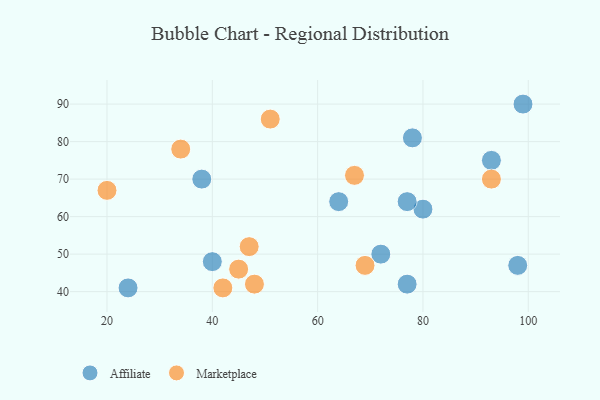
{"axis": {"x": "GDP", "y": "Life Expectancy"}, "legend": ["Affiliate", "Marketplace"], "data": [{"x": "80", "y": 62, "type": "Affiliate"}, {"x": "98", "y": 47, "type": "Affiliate"}, {"x": "72", "y": 50, "type": "Affiliate"}, {"x": "93", "y": 75, "type": "Affiliate"}, {"x": "40", "y": 48, "type": "Affiliate"}, {"x": "38", "y": 70, "type": "Affiliate"}, {"x": "78", "y": 81, "type": "Affiliate"}, {"x": "77", "y": 42, "type": "Affiliate"}, {"x": "24", "y": 41, "type": "Affiliate"}, {"x": "77", "y": 64, "type": "Affiliate"}, {"x": "99", "y": 90, "type": "Affiliate"}, {"x": "64", "y": 64, "type": "Affiliate"}, {"x": "93", "y": 70, "type": "Marketplace"}, {"x": "34", "y": 78, "type": "Marketplace"}, {"x": "67", "y": 71, "type": "Marketplace"}, {"x": "69", "y": 47, "type": "Marketplace"}, {"x": "20", "y": 67, "type": "Marketplace"}, {"x": "45", "y": 46, "type": "Marketplace"}, {"x": "42", "y": 41, "type": "Marketplace"}, {"x": "47", "y": 52, "type": "Marketplace"}, {"x": "48", "y": 42, "type": "Marketplace"}, {"x": "51", "y": 86, "type": "Marketplace"}]}